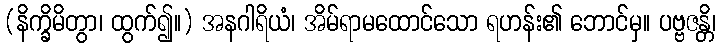
(နိက္ခိမိတွာ၊ ထွက်၍။) အနဂါရိယံ၊ အိမ်ရာမထောင်သော ရဟန်း၏ ဘောင်မှ။ ပဗ္ဗဇန္တိ၊